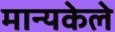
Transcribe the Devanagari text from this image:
मान्यकेले